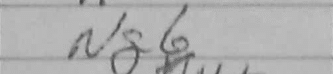
Transcription: Ng6